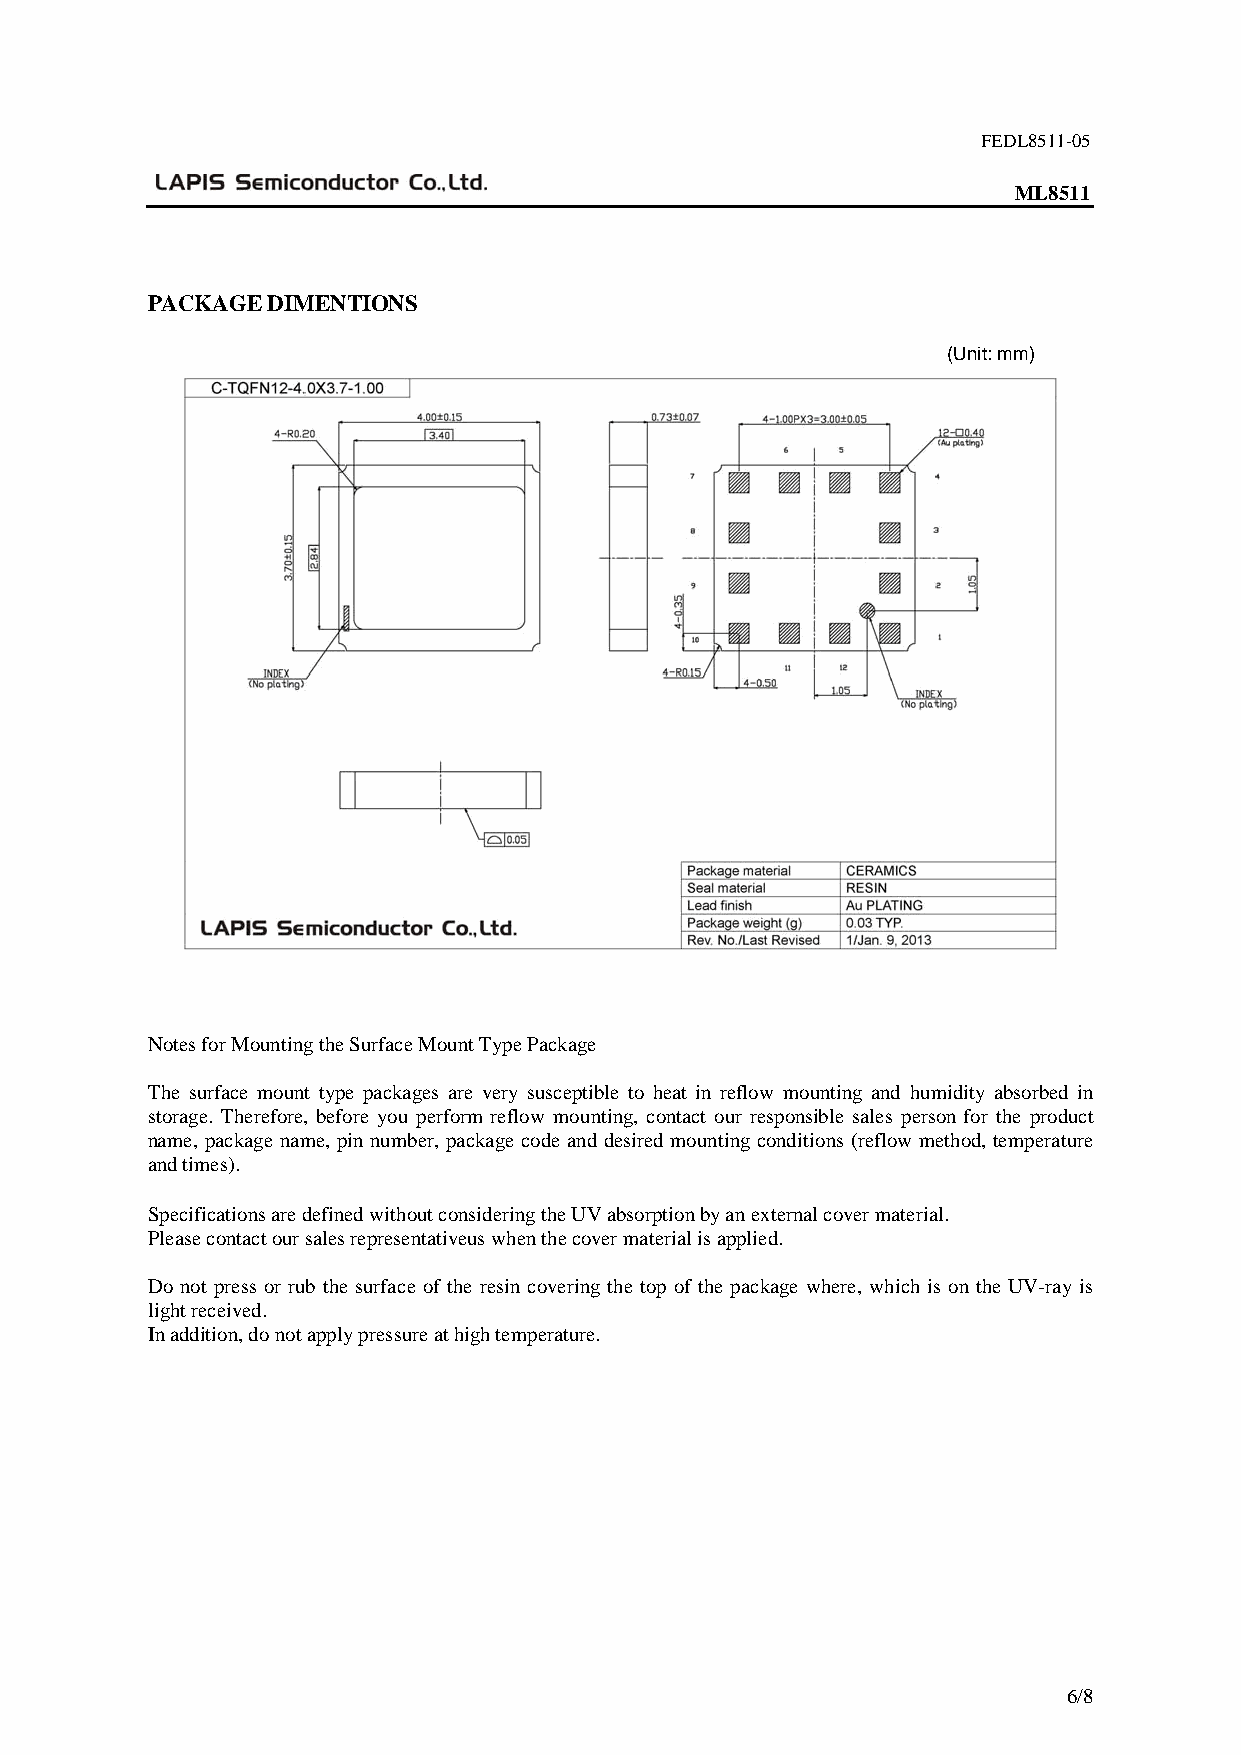
FEDL8511-05
 ML8511
 PACKAGE DIMENTIONS
 (Unit: mm)
 Notes for Mounting the Surface Mount Type Package
 The surface mount type packages are very susceptible to heat in reflow mounting and humidity absorbed in
 storage. Therefore, before you perform reflow mounting, contact our responsible sales person for the product
 name, package name, pin number, package code and desired mounting conditions (reflow method, temperature
 and times).
 Specifications are defined without considering the UV absorption by an external cover material.
 Please contact our sales representativeus when the cover material is applied.
 Do not press or rub the surface of the resin covering the top of the package where, which is on the UV-ray is
 light received.
 In addition, do not apply pressure at high temperature.
 6/8